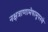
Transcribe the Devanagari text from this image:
नक्षत्राणामेषामुपस्थे